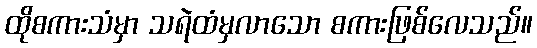
ထိုစကားသံမှာ သရဲထံမှလာသော စကားဖြစ်လေသည်။